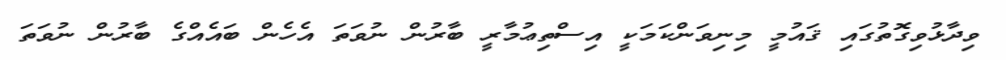
ވިދާޅުވިގޮތުގައި ޤައުމީ މިނިވަންކަމަކީ އިސްތިޢުމާރީ ބާރުން ނުވަތަ އެހެން ބައެއްގެ ބާރުން ނުވަތަ